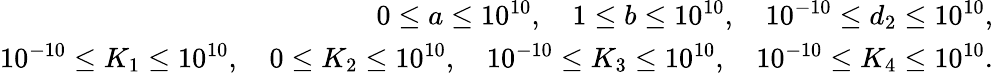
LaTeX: \begin{array}{r}{0\leq a\leq 10^{10},\quad 1\leq b\leq 10^{10},\quad 10^{-10}\le d_{2}\le 10^{10},}\\ {10^{-10}\leq K_{1}\leq 10^{10},\quad 0\leq K_{2}\leq 10^{10},\quad 10^{-10}\leq K_{3}\leq 10^{10},\quad 10^{-10}\leq K_{4}\leq 10^{10}.}\end{array}